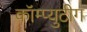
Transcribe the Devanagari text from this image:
कॉम्प्युटीग